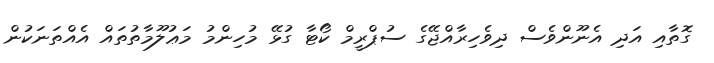
ގޮތާއި އަދި އެނޫންވެސް ދިވެހިރާއްޖޭގެ ސުޕްރީމް ކޯޓާ ގުޅޭ މުހިންމު މަޢުލޫމާތުތައް އެއްތަނަކުން